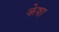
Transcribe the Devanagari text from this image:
केषा